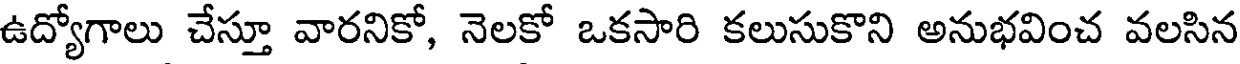
ఉద్యోగాలు చేస్తూ వారనికో, నెలకో ఒకసారి కలుసుకొని అనుభవించ వలసిన